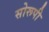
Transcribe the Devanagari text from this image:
सोरूपी